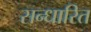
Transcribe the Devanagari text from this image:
सन्धारित